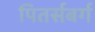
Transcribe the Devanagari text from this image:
पितर्सबर्ग